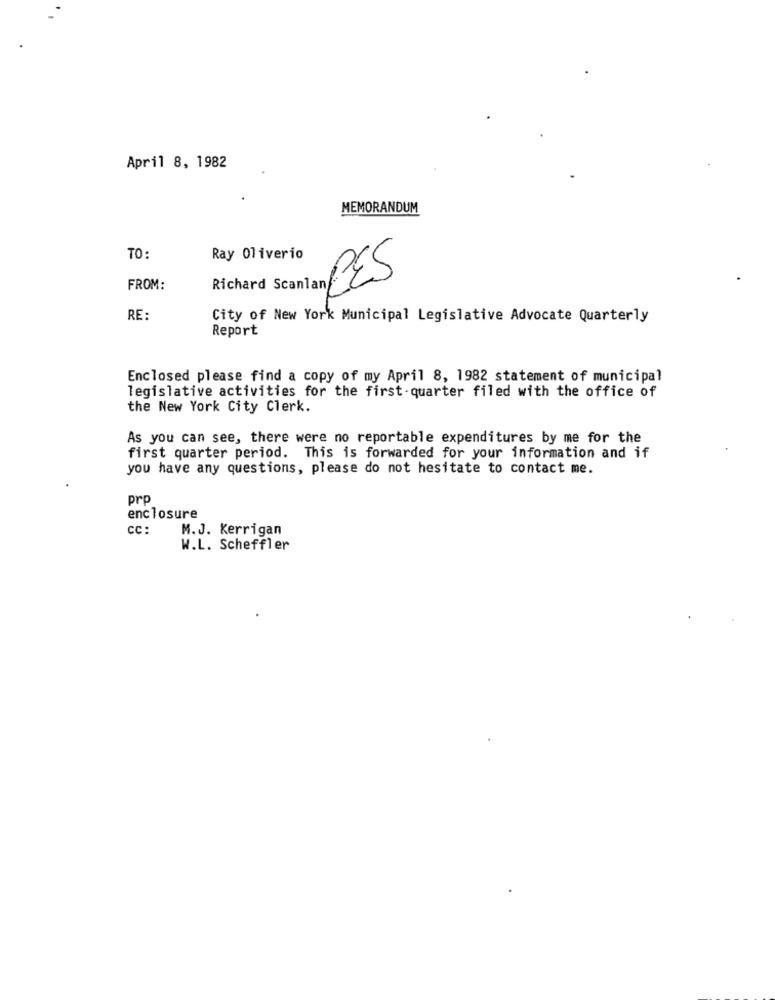
April 8, 1982
MEMORANDUM
TO:
Ray Oliverio
BES
FROM:
RE:
City of New York Municipal Legislative Advocate Quarterly
Report
Enclosed please find a copy of my April 8, 1982 statement of municipal
legislative activities for the first-quarter filed with the office of
the New York City Clerk.
As you can see, there were no reportable expenditures by me for the
first quarter period. This is forwarded for your information and if
you have any questions, please do not hesitate to contact me.
prp
enclosure
cc:
M.J. Kerrigan
W.L. Scheffler